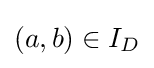
(a,b)\in I_{D}